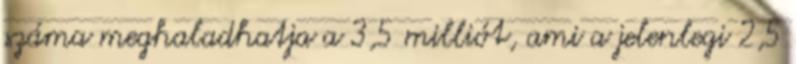
száma meghaladhatja a 3,5 milliót, ami a jelenlegi 2,5